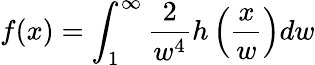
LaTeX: f(x)=\int_{1}^{\infty}{\frac{2}{w^{4}}}h\left({\frac{x}{w}}\right)dw